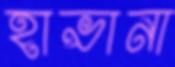
হাভানা